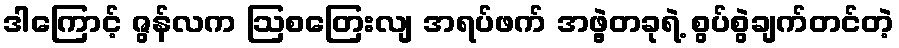
ဒါကြောင့် ဇွန်လက ဩစတြေးလျ အရပ်ဖက် အဖွဲ့တခုရဲ့ စွပ်စွဲချက်တင်တဲ့